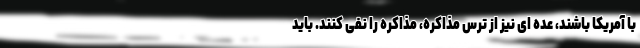
با آمریکا باشند، عده ای نیز از ترس مذاکره، مذاکره را نفی کنند. باید